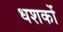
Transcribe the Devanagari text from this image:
धशकों